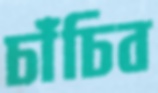
চাঁচিব